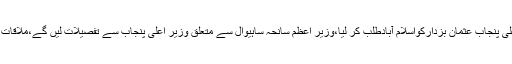
میڈیا رپورٹس کے مطابق وزیراعظم عمران خان نے وزیراعلیٰ پنجاب عثمان بزدارکواسلام آبادطلب کر لیا،وزیر اعظم سانحہ ساہیوال سے متعلق وزیر اعلیٰ پنجاب سے تفصیلات لیں گے،ملاقات میں جے آئی ٹی کی ابتدائی رپورٹ پر بھی بات چیت ہو گی۔